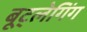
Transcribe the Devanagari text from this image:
बूट्लेगिंग